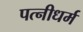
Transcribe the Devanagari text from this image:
पत्‍नीधर्म